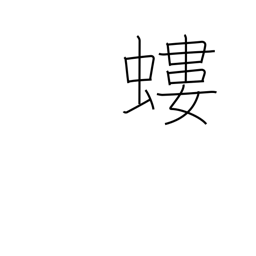
Meaning: mole cricket